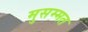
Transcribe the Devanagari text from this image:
मुसम्मत